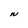
Character: W